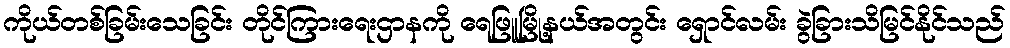
ကိုယ်တစ်ခြမ်းသေခြင်း တိုင်ကြားရေးဌာနကို ရေဖြူမြို့နယ်အတွင်း ရှောင်လမ်း ခွဲခြားသိမြင်နိုင်သည်